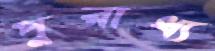
পুরাধ্য